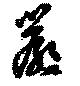
厳